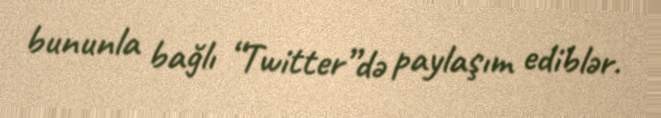
bununla bağlı “Twitter”də paylaşım ediblər.